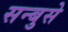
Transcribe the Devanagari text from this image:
सन्बुसे